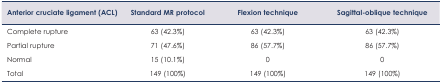
<table><thead><tr><td><b>Anterior cruciate ligament (ACL)</b></td><td><b>Standard MR protocol</b></td><td><b>Flexion technique</b></td><td><b>Sagittal-oblique technique</b></td></tr></thead><tbody><tr><td>Complete rupture</td><td>63 (42.3%)</td><td>63 (42.3%)</td><td>63 (42.3%)</td></tr><tr><td>Partial rupture</td><td>71 (47.6%)</td><td>86 (57.7%)</td><td>86 (57.7%)</td></tr><tr><td>Normal</td><td>15 (10.1%)</td><td>0</td><td>0</td></tr><tr><td>Total</td><td>149 (100%)</td><td>149 (100%)</td><td>149 (100%)</td></tr></tbody></table>